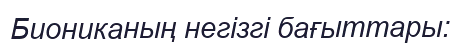
Биониканың негізгі бағыттары: